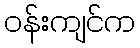
ဝန်းကျင်က